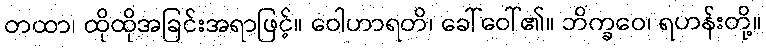
တထာ၊ ထိုထိုအခြင်းအရာဖြင့်။ ဝေါဟာရတိ၊ ခေါ်ဝေါ်၏။ ဘိက္ခဝေ၊ ရဟန်းတို့။